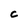
Character: C